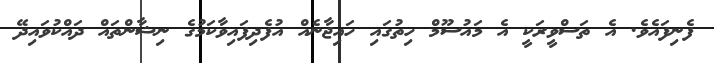
ފެނިފައެވެ. އެ ތަސްވީރަކީ އެ މައުސޫމް ހިތުގައި ހައިޖާނެއް އުފެދިފައިވާކަމުގެ ނިޝާންތައް ދައްކުވައިދޭ